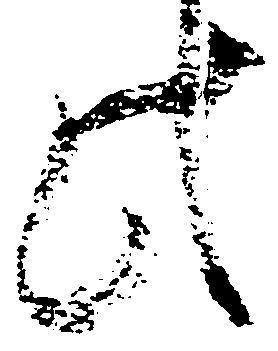
此